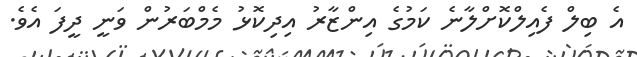
އެ ބިލް ފެއިލްކޮށްލާނެ ކަމުގެ އިންޒާރު އިދިކޮޅު މެމްބަރުން ވަނީ ދީފަ އެވެ.